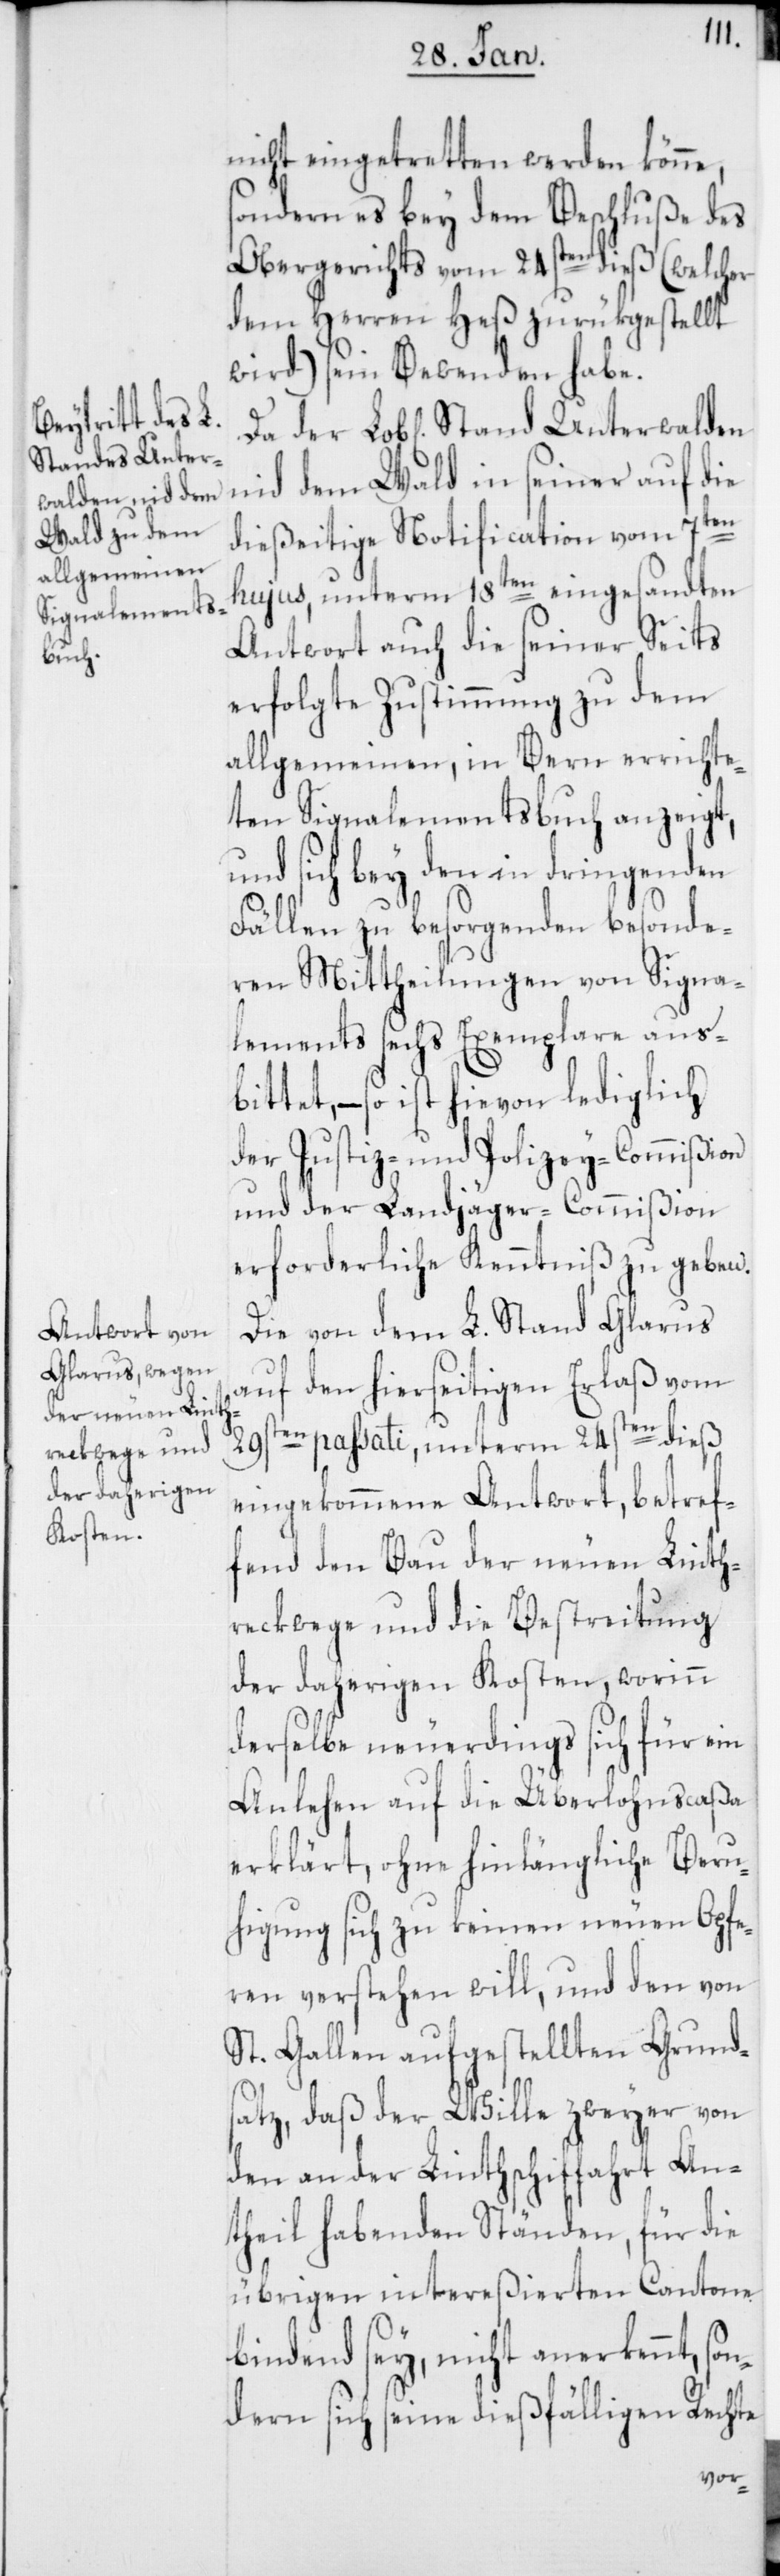
nicht eingetretten werden könne,
sondern es bey dem Beschluße des
Obergerichts vom 24sten dieß (welcher
dem Herren Heß zurükgestellt
wird) sein Bewenden habe.
nid dem Wald in seiner auf die
dießeitige Notification vom 7ten
hujus, unterm 18ten eingesandten
Antwort auch die seiner Seits
erfolgte Zustimmung zu dem
allgemeinen, in Bern errichte¬
ten Signalementsbuch anzeigt,
und sich bey den in dringenden
Fällen zu besorgenden besonde¬
ren Mittheilungen von Signa¬
lements sechs Exemplare aus¬
bittet, – so ist hievon lediglich
der Justiz- und Polizey-Commißion
und der Landjäger-Commißion
erforderliche Kenntniß zu geben.
Die von dem L. Stand Glarus
auf den hierseitigen Erlaß vom
29sten passati, unterm 24sten dieß
eingekommene Antwort, betref¬
fend den Bau der neuen Linth¬
reckwege und die Bestreitung
der daherigen Kosten, worinn
derselbe neuerdings sich für ein
Anlehen auf die Überlohnscaßa
erklärt, ohne hinlängliche Beru¬
higung sich zu keinen neuen Opfe¬
ren verstehen will, und den von
St. Gallen aufgestellten Grund¬
satz, daß der Wille zweyer von
den an der Linthschiffahrt An¬
theil habenden Ständen, für die
übrigen intereßierten Cantone
bindend sey, nicht anerkennt, son¬
dern sich seine dießfälligen Rechte